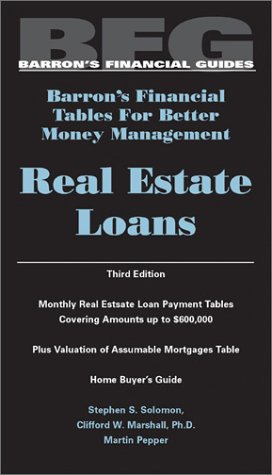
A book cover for Real Estate Loans (Barron's Financial Tables); Stephen S. Solomon; Business & Money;